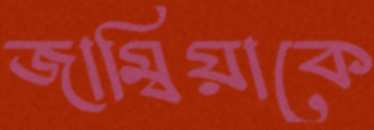
জাম্বিয়াকে